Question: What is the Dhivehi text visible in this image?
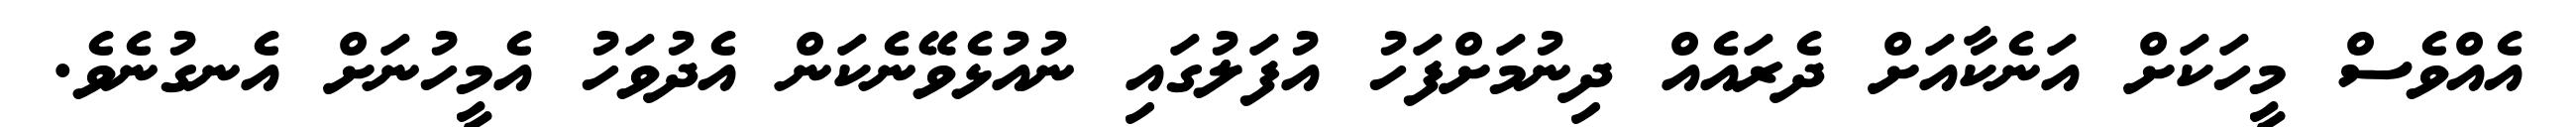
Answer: އެއްވެސް މީހަކަށް އަނެކާއަށް ދެރައެއް ދިނުމަށްފަހު އުފަލުގައި ނުއުޅެވޭނެކަން އެދުވަހު އެމީހުނަށް އެނގުނެވެ.